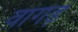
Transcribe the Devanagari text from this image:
वांगड़